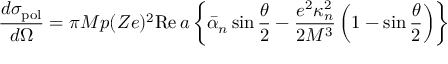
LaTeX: \frac { d \sigma _ { \mathrm { p o l } } } { d \Omega } = \pi M p ( Z e ) ^ { 2 } \mathrm { R e } \, a \left\{ \bar { \alpha } _ { n } \sin \frac { \theta } { 2 } - \frac { e ^ { 2 } \kappa _ { n } ^ { 2 } } { 2 M ^ { 3 } } \left( 1 - \sin \frac { \theta } { 2 } \right) \right\}